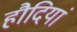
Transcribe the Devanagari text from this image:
हौदियां